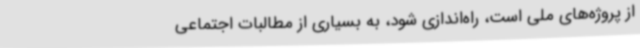
از پروژه‌های ملی است، راه‌اندازی شود، به بسیاری از مطالبات اجتماعی